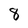
Character: 8